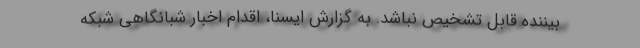
بیننده قابل تشخیص نباشد. به گزارش ایسنا، اقدام اخبار شبانگاهی شبکه